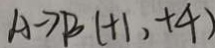
A \rightarrow B ( + 1 , + 4 )